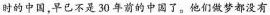
时的中国，早已不是30年前的中国了。他们做梦都没有